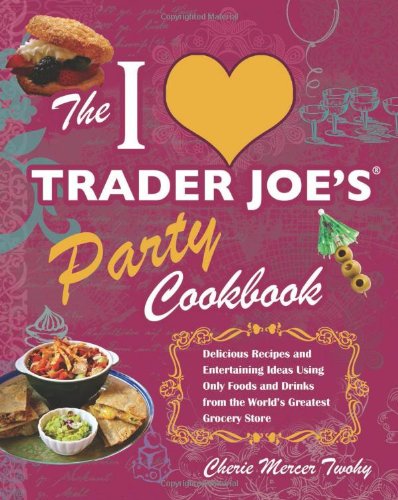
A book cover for The I Love Trader Joe's Party Cookbook: Delicious Recipes and Entertaining Ideas Using Only Foods and Drinks from the WorldEEs Greatest Grocery Store; Cherie Mercer Twohy; Cookbooks, Food & Wine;